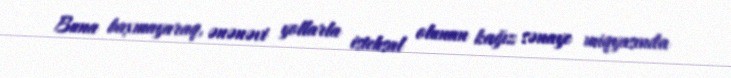
Buna baxmayaraq, ənənəvi yollarla istehsal olunan kağız sənaye miqyasında